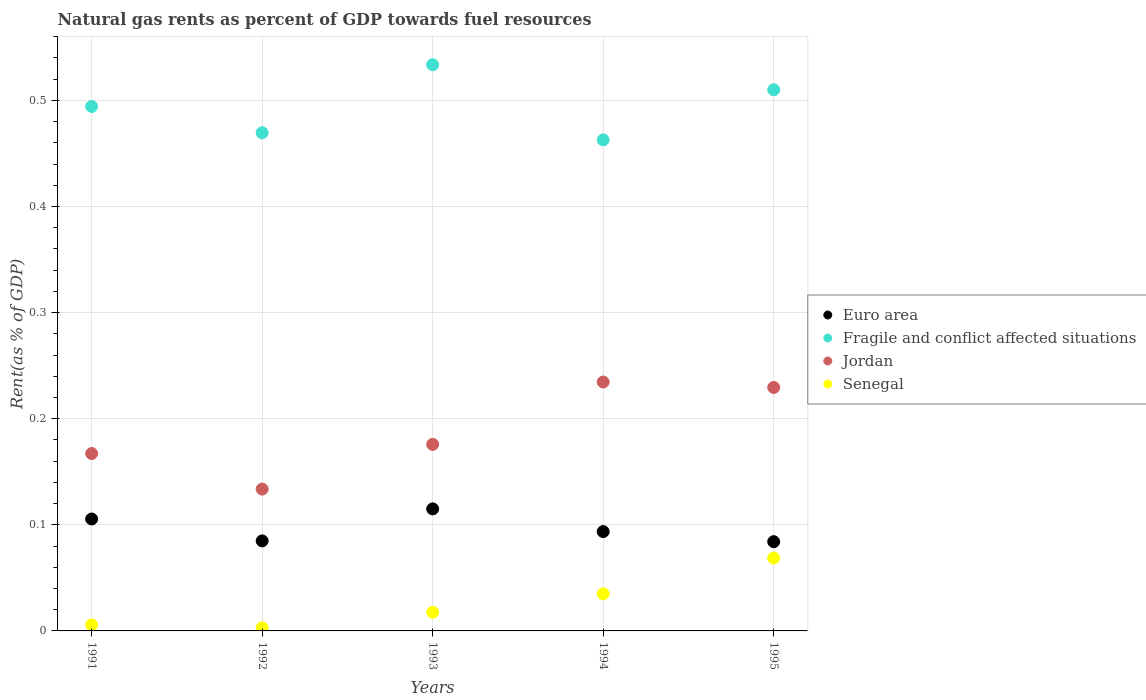
| Years | Euro area | Fragile and conflict affected situations | Jordan | Senegal |
 | --- | --- | --- | --- | --- |
 | 1991 | 0.105 | 0.494 | 0.167 | 0.0057 |
 | 1992 | 0.0849 | 0.47 | 0.134 | 0.00297 |
 | 1993 | 0.115 | 0.534 | 0.176 | 0.0176 |
 | 1994 | 0.0936 | 0.463 | 0.235 | 0.0349 |
 | 1995 | 0.0841 | 0.51 | 0.229 | 0.0687 |